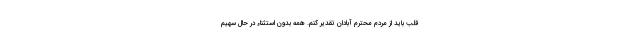
قلب باید از مردم محترم آبادان تقدیر کنم. همه بدون استثناء در حال سهیم